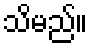
သိမည်။